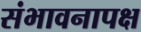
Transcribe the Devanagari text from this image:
संभावनापक्ष